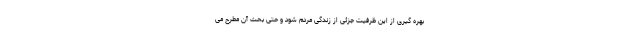
بهره گیری از این ظرفیت جزئی از زندگی مردم شود و حتی بحث آن مطرح می